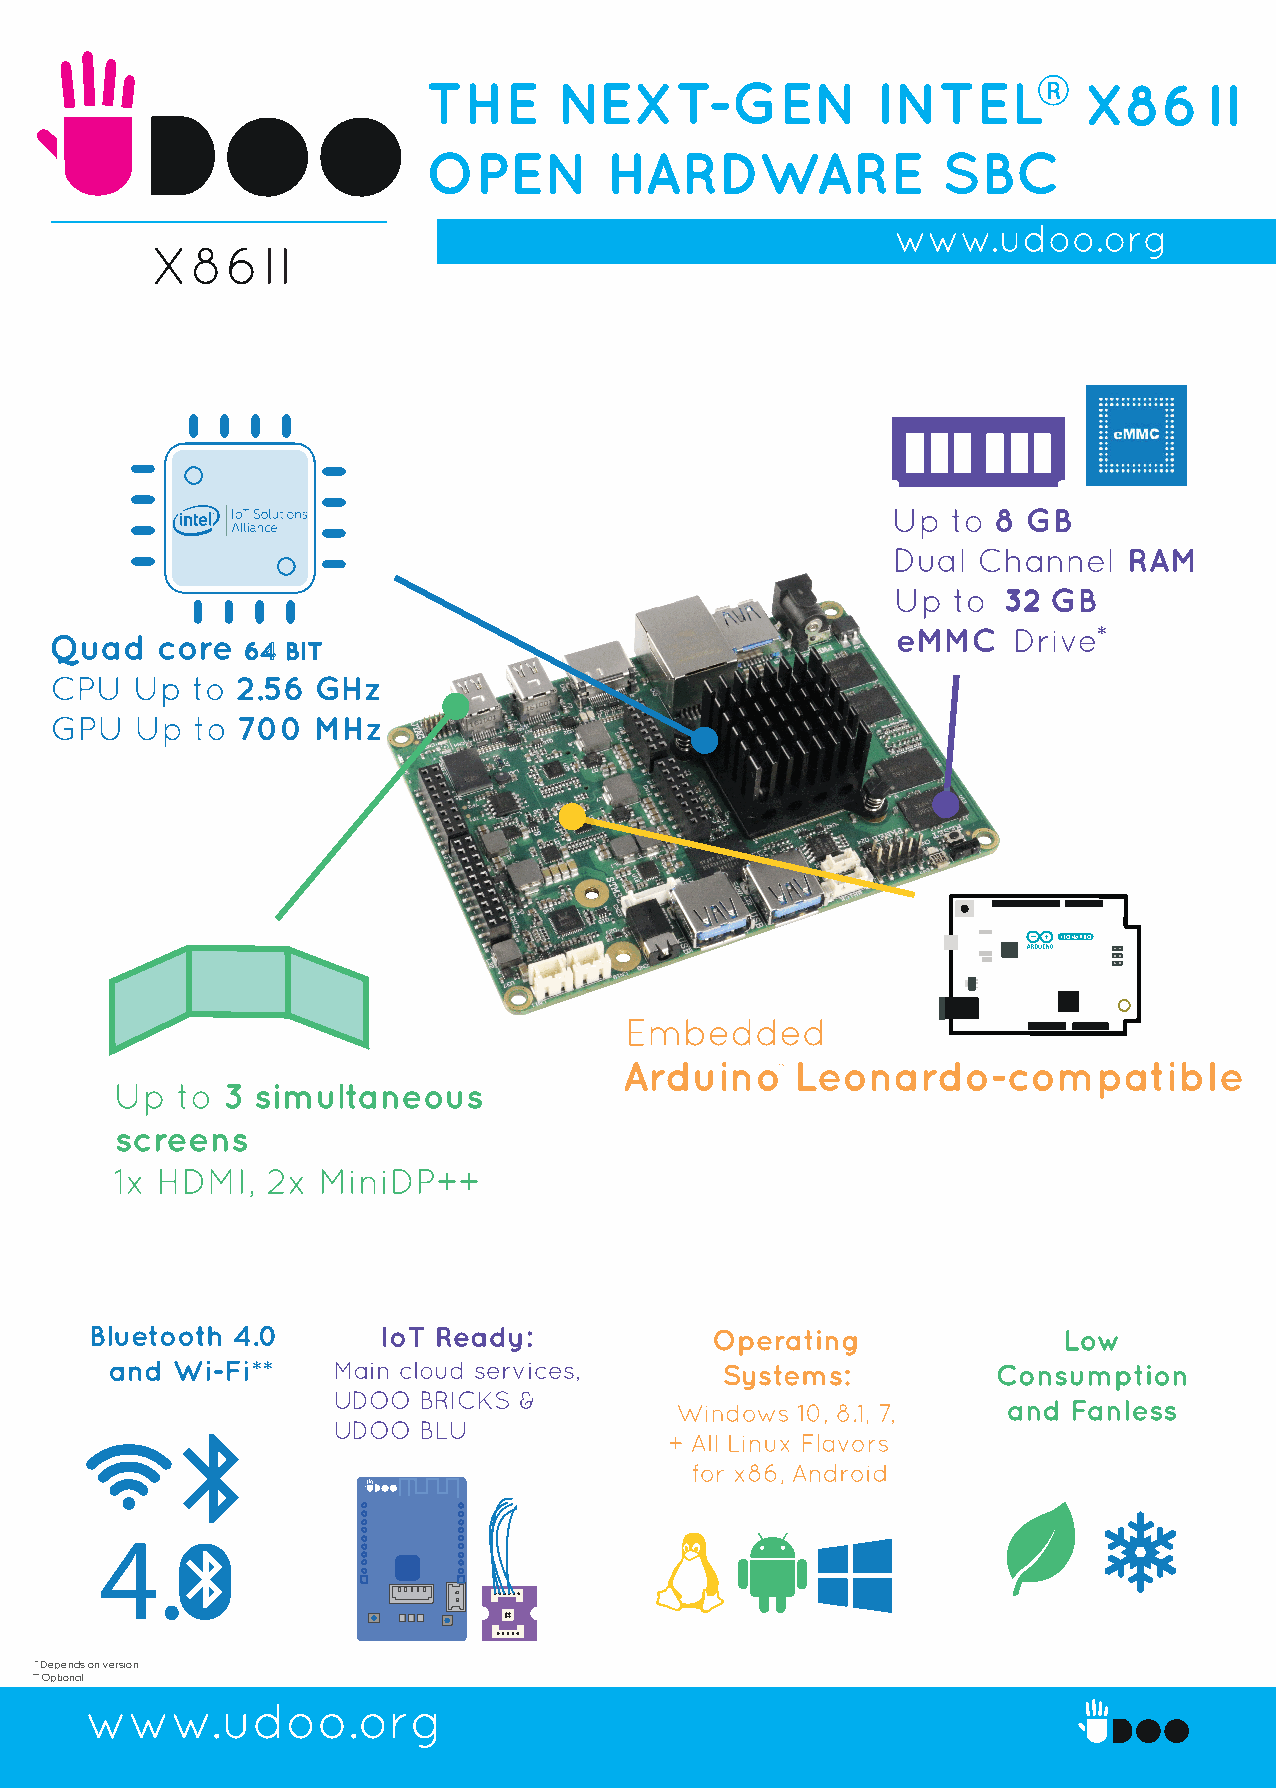
II
 II
 32
 *
 64 BIT
 LEONARDO
 Arduino     Leonardo-compatible
 **   Main cloud services,
 UDOO  BRICKS &
 UDOO  BLU
 * Depends on version
 * * Optional